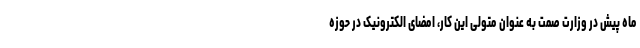
ماه پیش در وزارت صمت به عنوان متولی این کار، امضای الکترونیک در حوزه